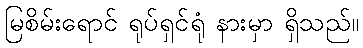
မြစိမ်းရောင် ရုပ်ရှင်ရုံ နားမှာ ရှိသည်။